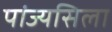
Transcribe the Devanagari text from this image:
पांज्यसिला